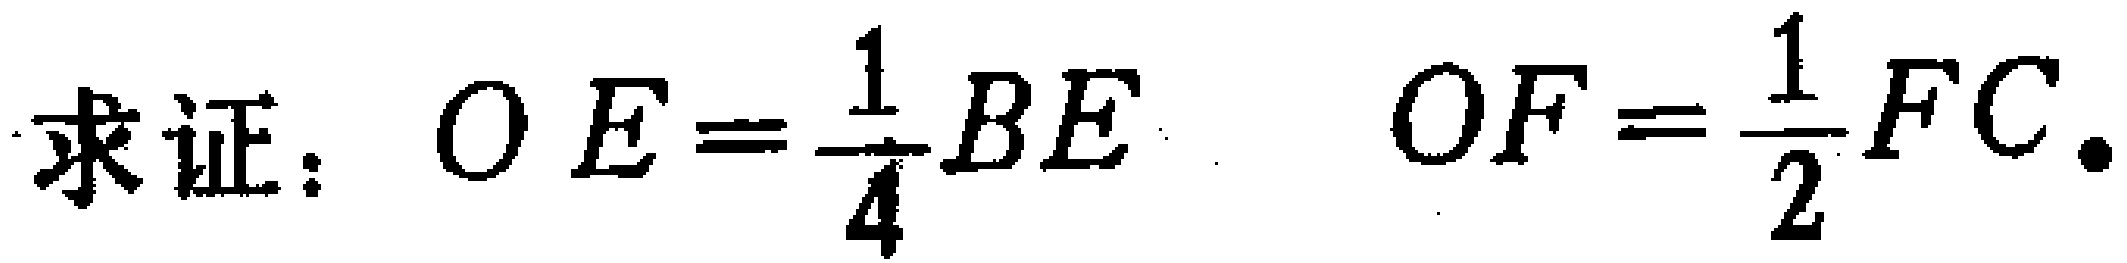
求证：$OE = \frac{1}{4}BE$  $OF = \frac{1}{2}FC.$